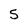
Character: 5